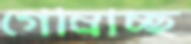
গোম্‌রাচ্ছ